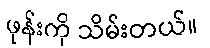
ဖုန်းကို သိမ်းတယ်။